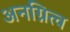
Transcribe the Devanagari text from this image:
अनग्नित्व